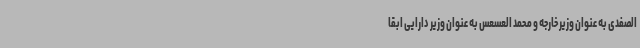
الصفدی به عنوان وزیر خارجه و محمد العسعس به عنوان وزیر دارایی ابقا